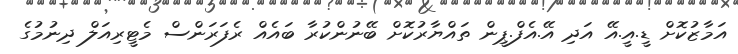
އަމާޒުކޮށް ޑީ.އީ.އޭ އަދި އޭ.އެފް.ޕީން ތައްޔާރުކޮށް ބޭނުންކުރާ ބައެއް ރެފަރަންސް މެޓީރިއަލް ދިނުމުގެ